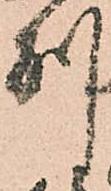
別